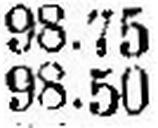
98.50